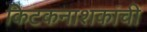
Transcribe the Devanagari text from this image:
किटकनाशकांची